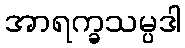
အာရက္ခသမ္ပဒါ